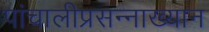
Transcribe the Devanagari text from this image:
पांचालीप्रसन्नाख्यान